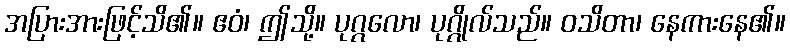
အပြားအားဖြင့်သိ၏။ ဧဝံ၊ ဤသို့။ ပုဂ္ဂလော၊ ပုဂ္ဂိုလ်သည်။ ဝသိတာ၊ နေကားနေ၏။